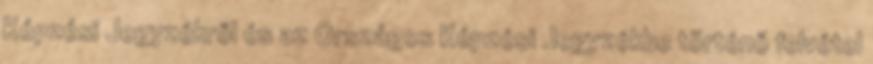
Képzési Jegyzékről és az Országos Képzési Jegyzékbe történő felvétel